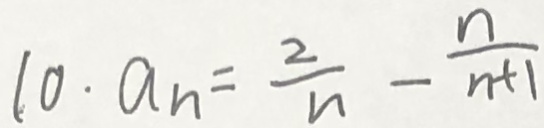
1 0 \cdot a _ { n } = \frac { 2 } { n } - \frac { n } { n + 1 }